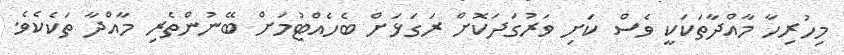
މިހުރިހާ މާއްދާތަކަކީ ވެސް ކަށި ވަރުގަދަކޮށް ރަގަޅަށް ބެހެއްޓުމަށް ބޭނުންތެރި މާއްދާ ތަކެކެވެ.